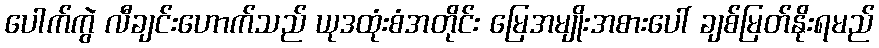
ပေါက်ကွဲ လီချင်းဟောက်သည် ယုဒထုံးစံအတိုင်း မြေအမျိုးအစားပေါ် ချစ်မြတ်နိုးရမည်